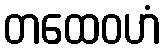
တထေဝဟံ